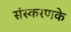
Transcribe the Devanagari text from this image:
संस्‍करणके